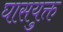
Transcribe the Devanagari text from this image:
घासयुक्त